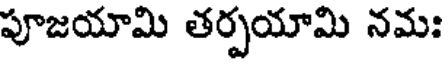
పూజయామి తర్పయామి నమః